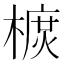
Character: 𣙃